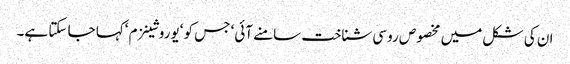
ان کی شکل میں مخصوص روسی شناخت سامنے آئی‘ جس کو ‘یوروشینزم ‘کہا جا سکتا ہے۔